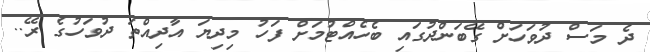
ދެ މަސް ދުވަހަށް ގޭބަންދުގައި ބެހެއްޓުމަށް ފަހު މިދިޔަ އާދިއްތަ ދުވަހުގެ ރޭ..